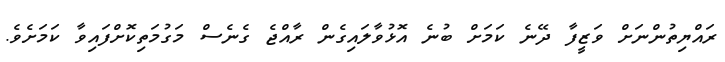
ރައްޔިތުންނަށް ވަޒީފާ ދޭނެ ކަމަށް ބުނެ އޮޅުވާލައިގެން ރާއްޖެ ގެނެސް މަގުމަތިކޮށްފައިވާ ކަމަށެވެ.